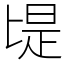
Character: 㔭